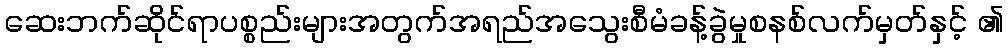
ဆေးဘက်ဆိုင်ရာပစ္စည်းများအတွက်အရည်အသွေးစီမံခန့်ခွဲမှုစနစ်လက်မှတ်နှင့် ၏